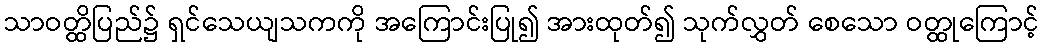
သာဝတ္ထိပြည်၌ ရှင်သေယျသကကို အကြောင်းပြု၍ အားထုတ်၍ သုက်လွှတ် စေသော ဝတ္ထုကြောင့်